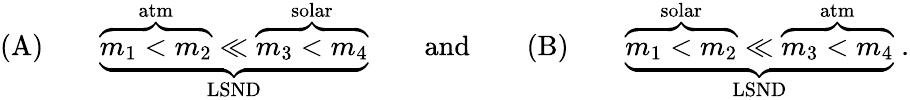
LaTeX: \mathrm{(A)}\qquad\underbrace{\overbrace{m_{1}<m_{2}}^{\mathrm{atm}}\ll\overbrace{m_{3}<m_{4}}^{\mathrm{solar}}}_{\mathrm{LSND}}\qquad\mathrm{and}\qquad\mathrm{(B)}\qquad\underbrace{\overbrace{m_{1}<m_{2}}^{\mathrm{solar}}\ll\overbrace{m_{3}<m_{4}}^{\mathrm{atm}}}_{\mathrm{LSND}}\; .